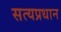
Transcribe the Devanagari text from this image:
सत्यप्रधान